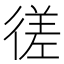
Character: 𫹜